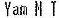
YAM M T